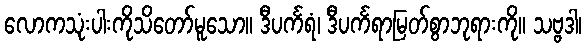
လောကသုံးပါးကိုသိတော်မူသော။ ဒီပင်္ကရံ၊ ဒီပင်္ကရာမြတ်စွာဘုရားကို။ သဗ္ဗဒါ၊